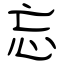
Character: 忘